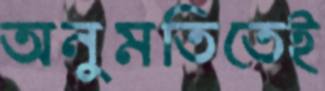
অনুমতিতেই